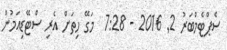
ސެޕްޓެމްބަރު 2